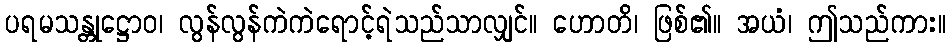
ပရမသန္တုဋ္ဌောဝ၊ လွန်လွန်ကဲကဲရောင့်ရဲသည်သာလျှင်။ ဟောတိ၊ ဖြစ်၏။ အယံ၊ ဤသည်ကား။